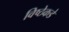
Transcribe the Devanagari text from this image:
विष्ठेकडे